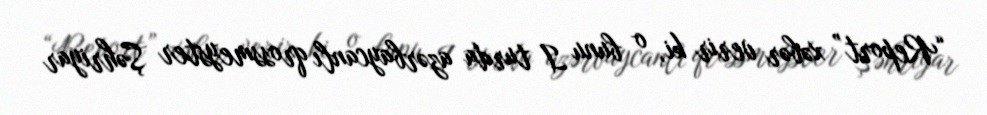
“Report” xəbər verir ki, o bunu I turda azərbaycanlı qrossmeyster Şəhriyar